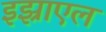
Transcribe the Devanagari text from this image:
इझ्राएल